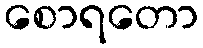
စောရတော